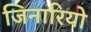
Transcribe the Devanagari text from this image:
जिनारियो